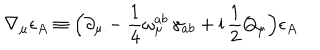
\nabla _ { \mu } \epsilon _ { A } \equiv \Bigl ( \partial _ { \mu } - \frac { 1 } { 4 } \omega _ { \mu } ^ { a b } \, \gamma _ { a b } + \mathrm { i } \, \frac { 1 } { 2 } Q _ { \mu } \Bigr ) \epsilon _ { A }